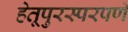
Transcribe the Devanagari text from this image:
हेतूपुरस्परपणे